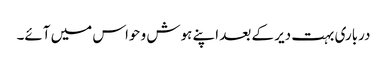
درباری بہت دیر کے بعد اپنے ہوش و حواس میں آئے۔